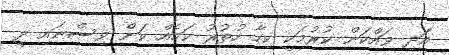
އަދި ވައްކަން ކުރުމަކީ ކިހާ ހުތުރު ކަމެއް ކަން ވިސްނައި ދީ